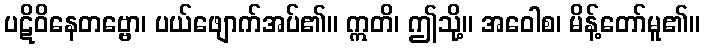
ပဋိဝိနေတဗ္ဗော၊ ပယ်ဖျောက်အပ်၏။ ဣတိ၊ ဤသို့။ အဝေါစ၊ မိန့်တော်မူ၏။